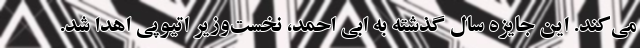
می‌کند. این جایزه سال گذشته به ابی احمد، نخست‌وزیر اتیوپی اهدا شد.